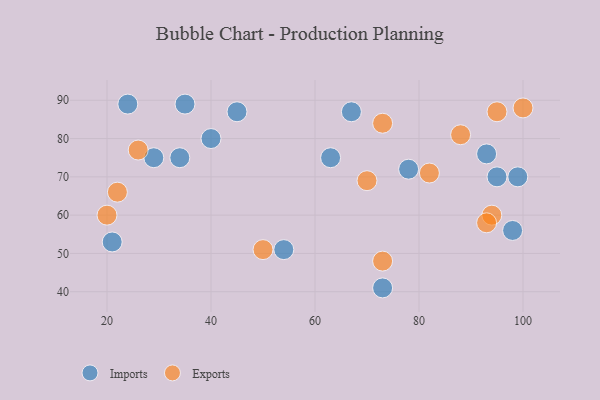
{"axis": {"x": "GDP", "y": "Life Expectancy"}, "legend": ["Exports", "Imports"], "data": [{"x": "95", "y": 70, "type": "Imports"}, {"x": "24", "y": 89, "type": "Imports"}, {"x": "98", "y": 56, "type": "Imports"}, {"x": "35", "y": 89, "type": "Imports"}, {"x": "21", "y": 53, "type": "Imports"}, {"x": "73", "y": 41, "type": "Imports"}, {"x": "67", "y": 87, "type": "Imports"}, {"x": "45", "y": 87, "type": "Imports"}, {"x": "63", "y": 75, "type": "Imports"}, {"x": "99", "y": 70, "type": "Imports"}, {"x": "29", "y": 75, "type": "Imports"}, {"x": "34", "y": 75, "type": "Imports"}, {"x": "54", "y": 51, "type": "Imports"}, {"x": "78", "y": 72, "type": "Imports"}, {"x": "40", "y": 80, "type": "Imports"}, {"x": "93", "y": 76, "type": "Imports"}, {"x": "26", "y": 77, "type": "Exports"}, {"x": "73", "y": 84, "type": "Exports"}, {"x": "73", "y": 48, "type": "Exports"}, {"x": "82", "y": 71, "type": "Exports"}, {"x": "94", "y": 60, "type": "Exports"}, {"x": "20", "y": 60, "type": "Exports"}, {"x": "88", "y": 81, "type": "Exports"}, {"x": "93", "y": 58, "type": "Exports"}, {"x": "70", "y": 69, "type": "Exports"}, {"x": "50", "y": 51, "type": "Exports"}, {"x": "95", "y": 87, "type": "Exports"}, {"x": "22", "y": 66, "type": "Exports"}, {"x": "100", "y": 88, "type": "Exports"}]}